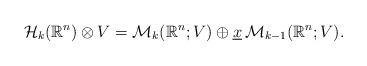
LaTeX: \begin{align*}\mathcal{H}_k(\mathbb{R}^{n})\otimes V=\mathcal{M}_k(\mathbb{R}^{n};V)\oplus \underline{x}\,\mathcal{M}_{k-1}(\mathbb{R}^{n};V).\end{align*}